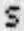
S